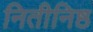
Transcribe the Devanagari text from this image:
नितीनिष्ठ